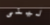
لينى